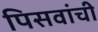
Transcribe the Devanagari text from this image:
पिसवांची